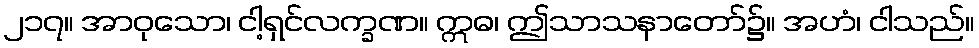
၂၁၇။ အာဝုသော၊ ငါ့ရှင်လက္ခဏ။ ဣဓ၊ ဤသာသနာတော်၌။ အဟံ၊ ငါသည်။